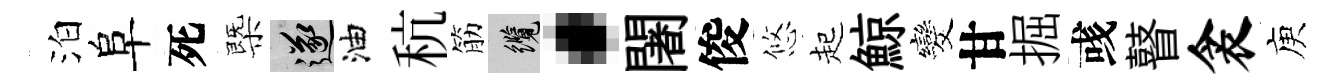
泊阜死㮣遂油秔筋纜·闍俊悠起鯨发甘掘彧瞽衾庾